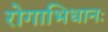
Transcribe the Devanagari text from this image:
रोगाभिधानः